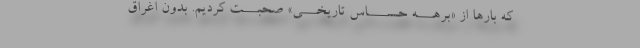
که بارها از «برهـــه حســــاس تاریخـــی» صحبـــت کردیم. بدون اغراق